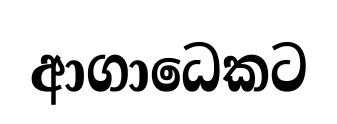
ආගාධෙකට